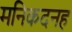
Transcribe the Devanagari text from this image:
मनिकदनह